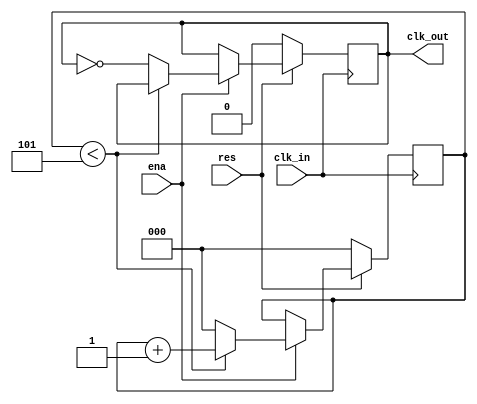
// This program was cloned from: https://github.com/faramire/TT06-simple-stopwatch
// License: Apache License 2.0

module clockDividerIce (
  input wire clk_in, // input clock 12 MHz
  input wire ena,
  input wire res,    // reset, active low
  output reg clk_out // output clock 1 MHz
);

  reg[2:0] counter;
  parameter div     = 6; // 12 MHz / 12 = 1 MHz, 50% duty cycle => 1/2 of that


  always @(posedge clk_in) begin
    if (!res) begin // reset
      counter <= 3'b0;
      clk_out <= 1'b0;
    end else if (ena) begin
      if (counter < (div-1)) begin    // count up
        counter <= counter + 1;
      end else begin                  // reset counter and invert output
        counter <= 3'b0;
        clk_out <= ~clk_out;
      end
    end
  end

endmodule //clockDividerIce